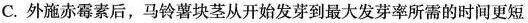
C.外施赤霉素后，马铃薯块茎从开始发芽到最大发芽率所需的时间更短